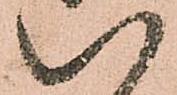
八